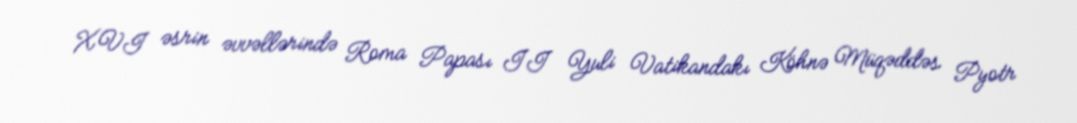
XVI əsrin əvvəllərində Roma Papası II Yuli Vatikandakı Köhnə Müqəddəs Pyotr